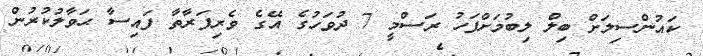
ކައުންސިލަށް ބިލް ލިބުމަށްފަހު ރަސްމީ 7 ދުވަހުގެ އޭގެ ވެރިފަރާތާ ފައިސާ ޙަވާލުކުރުން